Senior Leaving Certificate Examination (including Day School Certificate (Higher) General paper), 1950
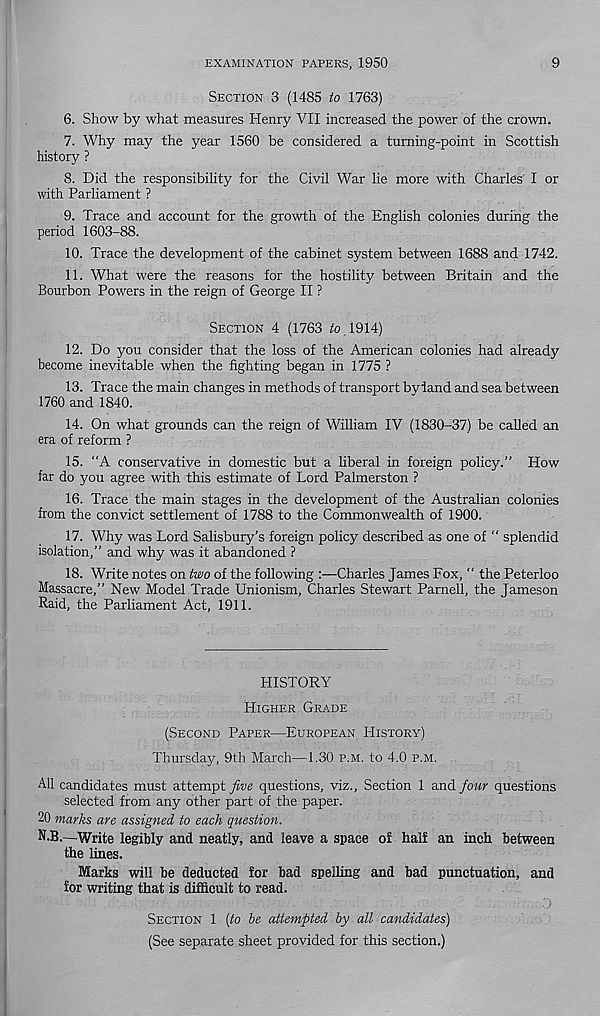
EXAMINATION PAPERS, 1950
9
SECTION 3 (1485 to 1763)
6. Show by what measures Henry VII increased the power of the crown.
7. Why may the year 1560 be considered a turning-point in Scottish
history ?
8. Did the responsibility for the Civil War lie more with Charles I or
with Parliament ?
9. Trace and account for the growth of the English colonies during the
period 1603-88.
10. Trace the development of the cabinet system between 1688 and 1742.
11. What were the reasons for the hostility between Britain and the
Bourbon Powers in the reign of George II ?
SECTION 4 (1763 /0.1914)
12. Do you consider that the loss of the American colonies had already
become inevitable when the fighting began in 1775 ?
13. Trace the main changes in methods of transport by land and sea between
1760 and 1840.
14. On what grounds can the reign of William IV (1830-37) be called an
era of reform ?
15. “A conservative in domestic but a liberal in foreign policy.” How
far do you agree with this estimate of Lord Palmerston ?
16. Trace the main stages in the development of the Australian colonies
from the convict settlement of 1788 to the Commonwealth of 1900.
17. Why was Lord Salisbury’s foreign policy described as one of “ splendid
isolation,” and why was it abandoned ?
18. Write notes on two of the following :—Charles James Fox, “ the Peterloo
Massacre,” New Model Trade Unionism, Charles Stewart Parnell, the Jameson
Raid, the Parliament Act, 1911.
HISTORY
HIGHER GRADE
(SECOND PAPER—EUROPEAN HISTORY)
Thursday, 9th March—1.30 P.M. to 4.0 P.M.
AH candidates must attempt five questions, viz., Section 1 and four questions
selected from any other part of the paper.
20 marks are assigned to each question.
N.B.—Write legibly and neatly, and leave a space of half an inch between
the lines.
Marks will be deducted for bad spelling and bad punctuation, and
for writing that is difficult to read.
SECTION 1 {to he attempted by all candidates)
(See separate sheet provided for this section.)